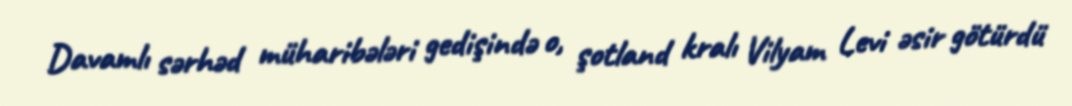
Davamlı sərhəd müharibələri gedişində o, şotland kralı Vilyam Levi əsir götürdü